Vaccination in Bombay 1902-1912 - 1902-1912
Year: 1902
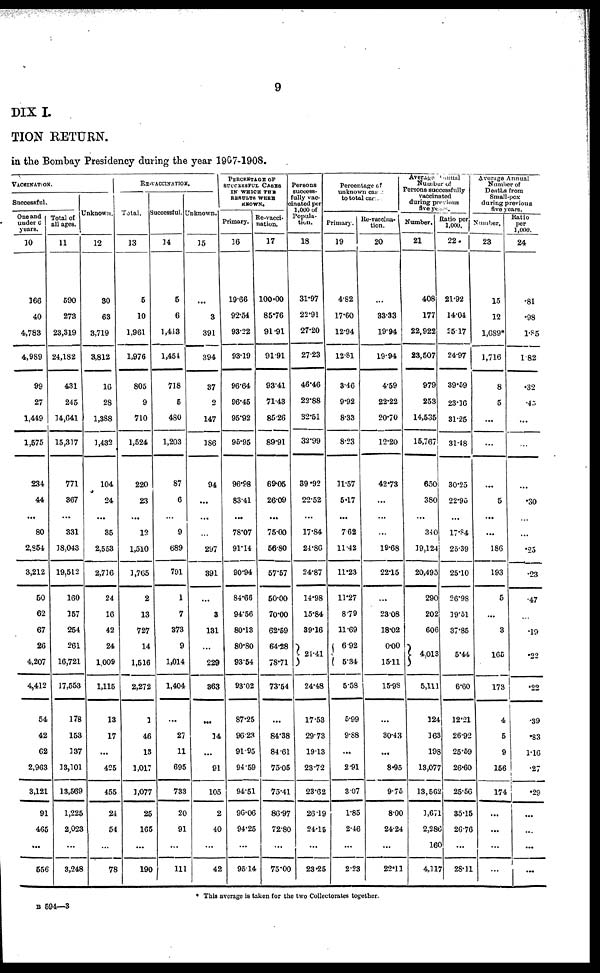
9
DIX I.
TION RETURN.
in the Bombay Presidency during the year 1907-1908.
VACCINATION.
Successful.
One and
under 6
years.
10
166
40
4,783
4,989
99
27
1,449
1,575
234
44
...
80
2,854
3,212
50
62
67
26
4,207
4,412
54
42
62
2,963
3,121
91
465
...
556
Total of
all ages.
11
590
273
23,319
24,182
431
245
14,641
15,317
771
367
...
331
18,043
19,512
160
157
254
261
16,721
17,553
178
153
337
13,101
13,569
1,225
2,023
...
3,248
Unknown.
12
30
63
3,719
3,812
16
28
1,388
1,432
104
24
...
35
2,553
2,716
24
16
42
24
1,009
1,115
13
17
...
425
455
24
54
...
78
RE-VACCINATION.
Total.
13
5
10
1,961
1,976
805
9
710
1,524
220
23
...
12
1,510
1,765
2
13
727
14
1,516
2,272
1
46
13
1,017
1,077
25
165
...
190
Successful.
14
5
6
1,443
1,454
718
5
480
1,203
87
6
...
9
689
791
1
7
373
9
1,014
1,404
...
27
11
695
733
20
91
...
111
Unknown.
15
...
3
391
394
37
2
147
186
94
...
...
...
297
391
...
3
131
...
229
363
...
34
...
91
105
2
40
...
42
PERCENTAGE OF
SUCCESSFUL CASES
IN WHICH THE
RESULTS WERE
KNOWN.
Primary.
16
19.66
92.54
93.22
93.19
96.64
96.45
95.92
95.95
96.98
83.41
...
78.07
91.14
90.94
84.66
94.56
80.13
80.80
93.54
93.02
87.25
96.23
91.95
94.59
94.51
96.06
94.25
...
95.14
Re-vacci-
nation.
17
100.00
85.76
91.91
91.91
93.41
71.43
85.26
89.91
69.05
26.09
...
75.00
56.80
57.57
50.00
70.00
62.59
64.28
78.71
73.54
...
84.38
84.61
75.05
75.41
86.97
72.80
...
75.00
Persons
success-
fully vac¬
cinated per
1,000 of
Popula-
tion.
18
31.97
22.91
27.20
27.23
46.46
22.88
32.51
32.99
39.92
22.52
...
17.84
21.86
24.87
14.98
15.84
39.16
24.41
24.48
17.53
29.73
19.13
23.72
23.62
26.19
24.15
...
23.25
Percentage of
unknown cases
to total cases.
Primary.
19
4.82
17.60
12.94
12.81
3.46
9.92
8.33
8.23
11.57
5.17
...
7.62
11.42
11.23
11.27
8.79
11.69
6.92
5.34
5.58
5.99
9.88
...
2.91
3.07
1.85
2.46
...
2.23
Re-vaccina¬
tion.
20
...
33.33
19.94
19.94
4.59
22.22
20.70
12.20
42.73
...
...
...
19.68
22.15
...
23.08
18.02
0.00
15.11
15.98
...
30.43
...
8.95
9.75
8.00
24.24
...
22.11
Average Annual
Number of
Persons successfully
vaccinated
during previous
five years.
Number.
21
408
177
22,922
23,507
979
253
14,535
15,767
650
380
...
340
19,124
20,495
290
202
606
4,013
5,111
124
163
198
13,077
13,562
1,671
2,286
160
4,117
Ratio per
1,000.
22
21.92
14.04
25.17
24.97
39.59
23.16
31.25
31.48
30.25
22.95
...
17.84
25.39
25.10
26.98
19.51
37.85
5.44
6.60
12.21
26.92
25.59
26.60
25.56
35.15
26.76
...
28.11
Average Annual
Number of
Deaths from
Small-pox
during previous
five years.
Number.
23
15
12
1,689*
1,716
8
5
...
...
...
5
...
...
186
193
5
...
3
165
173
4
5
9
156
174
...
...
...
...
Ratio
per
1,000.
24
.81
.98
1.85
1.82
.32
.45
...
...
...
.30
...
...
.25
.23
.47
...
.19
.22
.22
.39
.83
1.16
.27
.29
...
...
...
...
* This average is taken for the two Collectorates together.
B 594—3